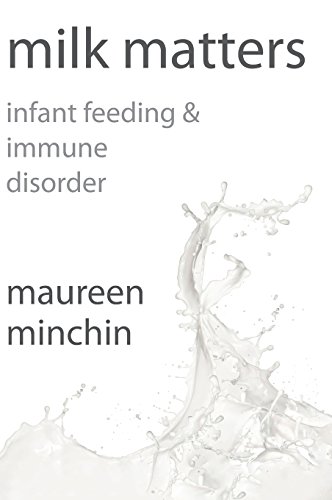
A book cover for Milk Matters: Infant feeding & immune disorder; Maureen Minchin; Health, Fitness & Dieting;